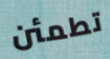
تطمئن